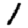
Digit: 1